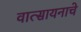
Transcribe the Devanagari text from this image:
वात्सायनाचे